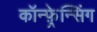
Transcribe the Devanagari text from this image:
कॉन्फ़्रेन्सिंग